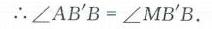
\(\therefore\angle AB'B=\angle MB'B\).